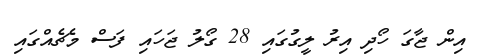
އިން ޖާގަ ހޯދި އިރު ލީގުގައި 28 ގޯލު ޖަހައި ފަސް މެޗެއްގައި